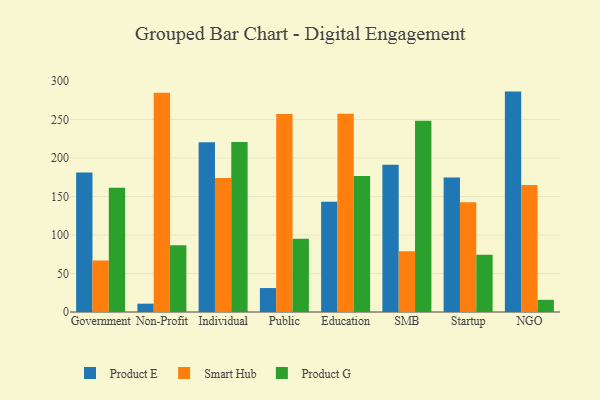
{"axis": {"x": "Segment", "y": "Energy Usage (MWh)"}, "legend": ["Product E", "Product G", "Smart Hub"], "data": [{"x": "Government", "y": 181.1, "type": "Product E"}, {"x": "Government", "y": 66.8, "type": "Smart Hub"}, {"x": "Government", "y": 161.2, "type": "Product G"}, {"x": "Non-Profit", "y": 10.8, "type": "Product E"}, {"x": "Non-Profit", "y": 284.7, "type": "Smart Hub"}, {"x": "Non-Profit", "y": 86.6, "type": "Product G"}, {"x": "Individual", "y": 220.4, "type": "Product E"}, {"x": "Individual", "y": 174.0, "type": "Smart Hub"}, {"x": "Individual", "y": 220.7, "type": "Product G"}, {"x": "Public", "y": 31.1, "type": "Product E"}, {"x": "Public", "y": 257.1, "type": "Smart Hub"}, {"x": "Public", "y": 95.2, "type": "Product G"}, {"x": "Education", "y": 143.3, "type": "Product E"}, {"x": "Education", "y": 257.3, "type": "Smart Hub"}, {"x": "Education", "y": 176.7, "type": "Product G"}, {"x": "SMB", "y": 191.1, "type": "Product E"}, {"x": "SMB", "y": 79.0, "type": "Smart Hub"}, {"x": "SMB", "y": 248.4, "type": "Product G"}, {"x": "Startup", "y": 174.8, "type": "Product E"}, {"x": "Startup", "y": 142.4, "type": "Smart Hub"}, {"x": "Startup", "y": 74.4, "type": "Product G"}, {"x": "NGO", "y": 286.2, "type": "Product E"}, {"x": "NGO", "y": 165.0, "type": "Smart Hub"}, {"x": "NGO", "y": 15.8, "type": "Product G"}]}